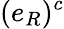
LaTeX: (e_{R})^{c}